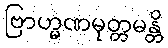
ဗြာဟ္မဏမုတ္တမန္တိ